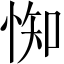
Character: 𢛍